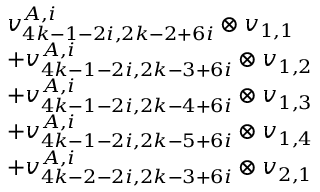
\begin{array} { r l } & { v _ { 4 k - 1 - 2 i , 2 k - 2 + 6 i } ^ { A , i } \otimes v _ { 1 , 1 } } \\ & { + v _ { 4 k - 1 - 2 i , 2 k - 3 + 6 i } ^ { A , i } \otimes v _ { 1 , 2 } } \\ & { + v _ { 4 k - 1 - 2 i , 2 k - 4 + 6 i } ^ { A , i } \otimes v _ { 1 , 3 } } \\ & { + v _ { 4 k - 1 - 2 i , 2 k - 5 + 6 i } ^ { A , i } \otimes v _ { 1 , 4 } } \\ & { + v _ { 4 k - 2 - 2 i , 2 k - 3 + 6 i } ^ { A , i } \otimes v _ { 2 , 1 } } \end{array}